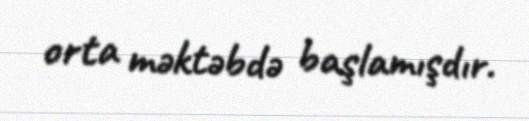
orta məktəbdə başlamışdır.